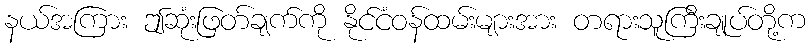
နယ်အကြား ဤဆုံးဖြတ်ချက်ကို နိုင်ငံဝန်ထမ်းများအား တရားသူကြီးချုပ်တို့က